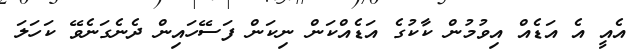
އެއީ އެ އަޑެއް އިވުމުން ކާކުގެ އަޑެއްކަން ނިކަން ފަސޭހައިން ދެނެގަނެވޭ ކަހަލަ